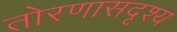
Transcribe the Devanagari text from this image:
तोरणासदृश्य